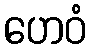
ဟေဝံ